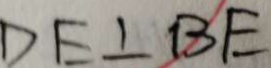
D E \bot B E